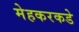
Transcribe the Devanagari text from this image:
मेहकरकडे